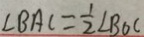
\angle B A C = \frac { 1 } { 2 } \angle B O C